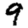
Digit: 9